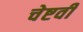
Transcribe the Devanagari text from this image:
चेष्टवी